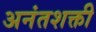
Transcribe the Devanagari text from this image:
अनंतशक्ती